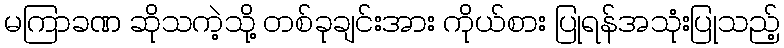
မကြာခဏ ဆိုသကဲ့သို့ တစ်ခုချင်းအား ကိုယ်စား ပြုရန်အသုံးပြုသည့်